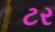
ટર